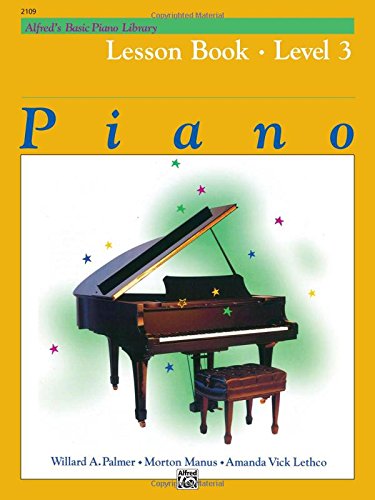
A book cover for Alfred's Basic Piano Course: Lesson Book - Level 3; Willard A. Palmer; Humor & Entertainment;